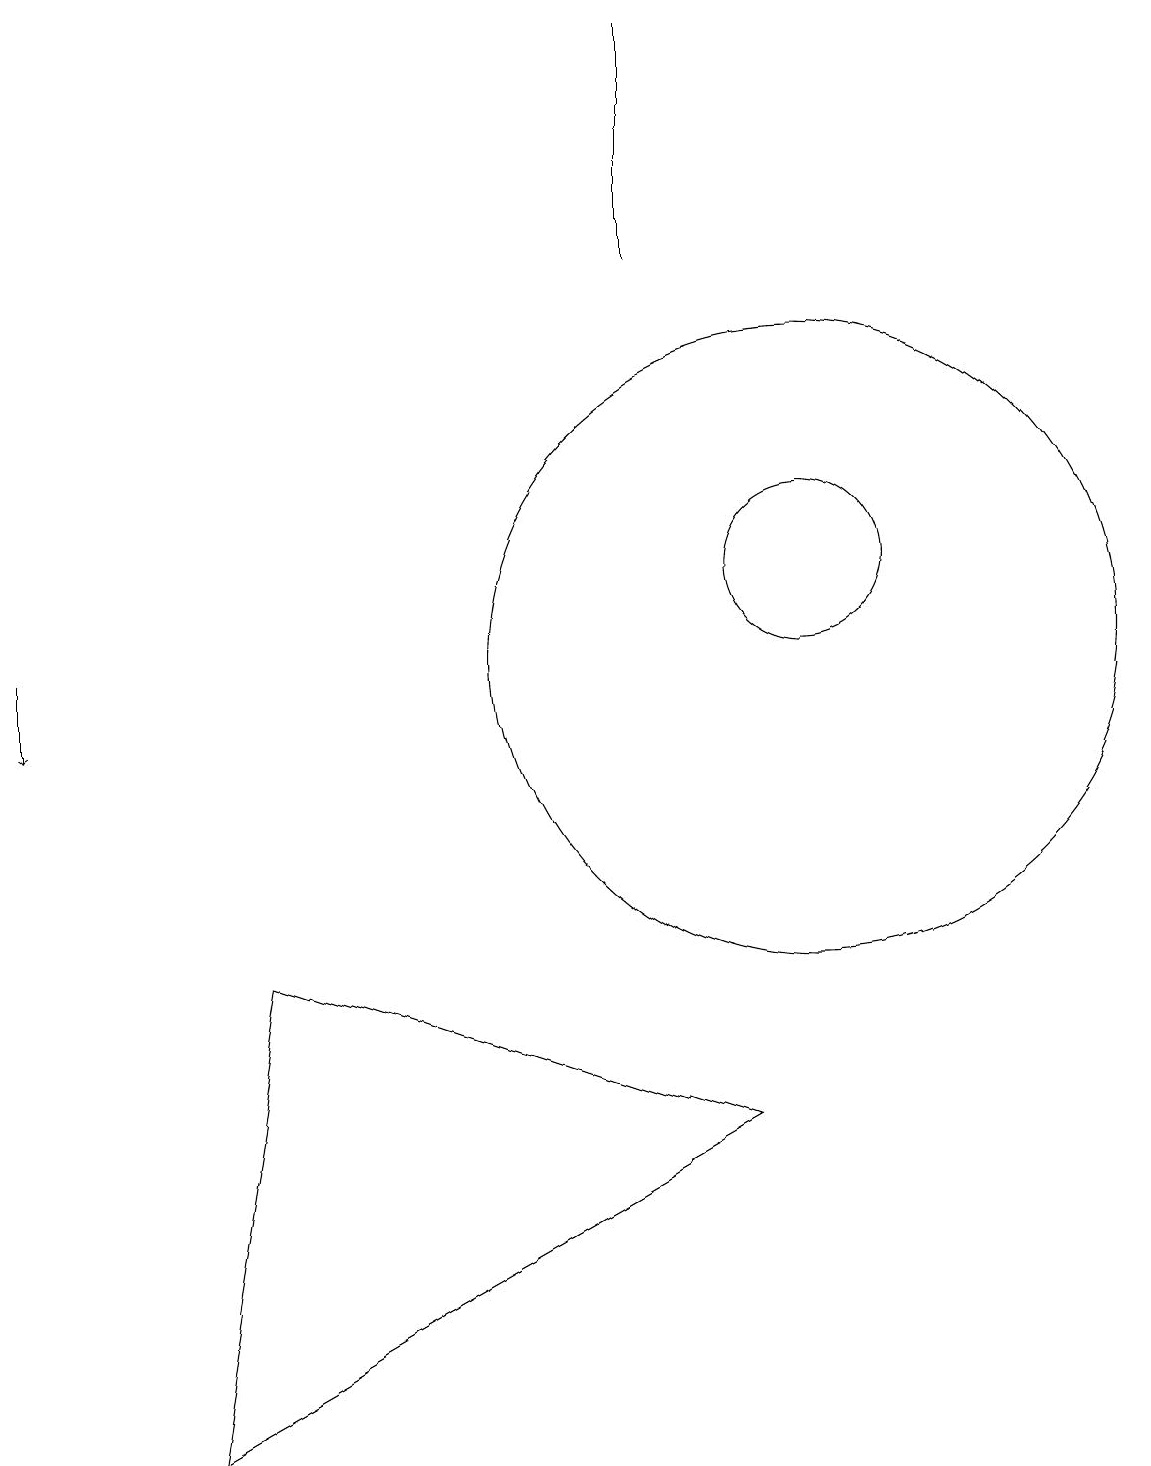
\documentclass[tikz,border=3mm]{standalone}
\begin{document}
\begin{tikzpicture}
\draw (9,5) -- (2,1) -- (3,7) -- cycle;
\draw (8,16) rectangle (8,19);
\draw[->] (0,11) -- (0,10);
\draw (10,12) circle (1);
\draw (10,11) circle (4);
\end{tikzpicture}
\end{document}